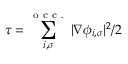
\tau = \sum _ { i , \sigma } ^ { \mathrm { ~ o ~ c ~ c ~ . ~ } } | \nabla \phi _ { i , \sigma } | ^ { 2 } / 2